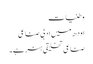
وطنیات
اودھ میں ادبی صناعی
صناعی تخلیقی ہنر ہے۔